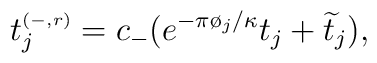
t^{\scriptscriptstyle(-,r)}_j=c_{-}(e^{-\pi\o_j/\kappa}t_j+\widetilde{t}_j),